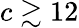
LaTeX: c\gtrsim 12